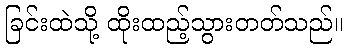
ခြင်းထဲသို့ ထိုးထည့်သွားတတ်သည်။